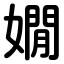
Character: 嫺